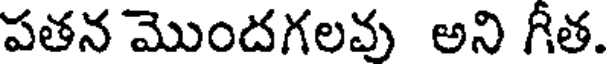
పతన మొందగలవు అని గీత.